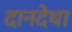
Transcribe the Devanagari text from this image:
दानदेथा